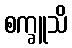
စက္ခူသိ